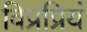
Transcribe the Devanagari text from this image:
विप्रप्रियं